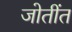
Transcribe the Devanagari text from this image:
जोतींत